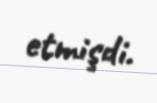
etmişdi.